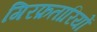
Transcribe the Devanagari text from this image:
गिरफ़तारियों